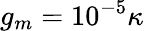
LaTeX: g_{m}=10^{-5}\kappa